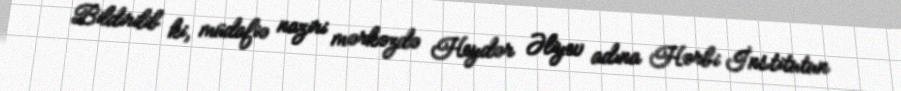
Bildirilib ki, müdafiə naziri mərkəzdə Heydər Əliyev adına Hərbi İnstitutun